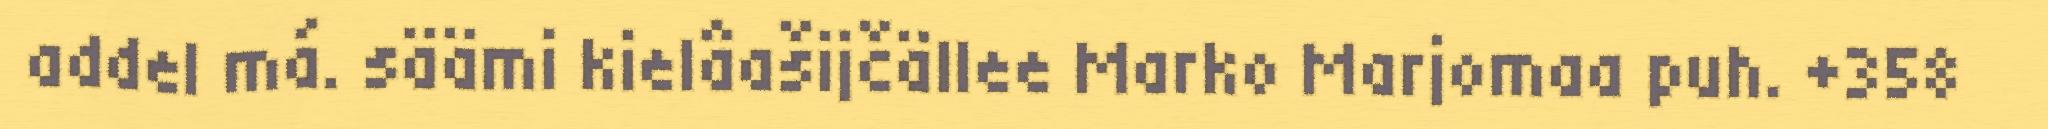
addel má. säämi kielâašijčällee Marko Marjomaa puh. +358